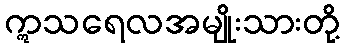
ဣသရေလအမျိုးသားတို့